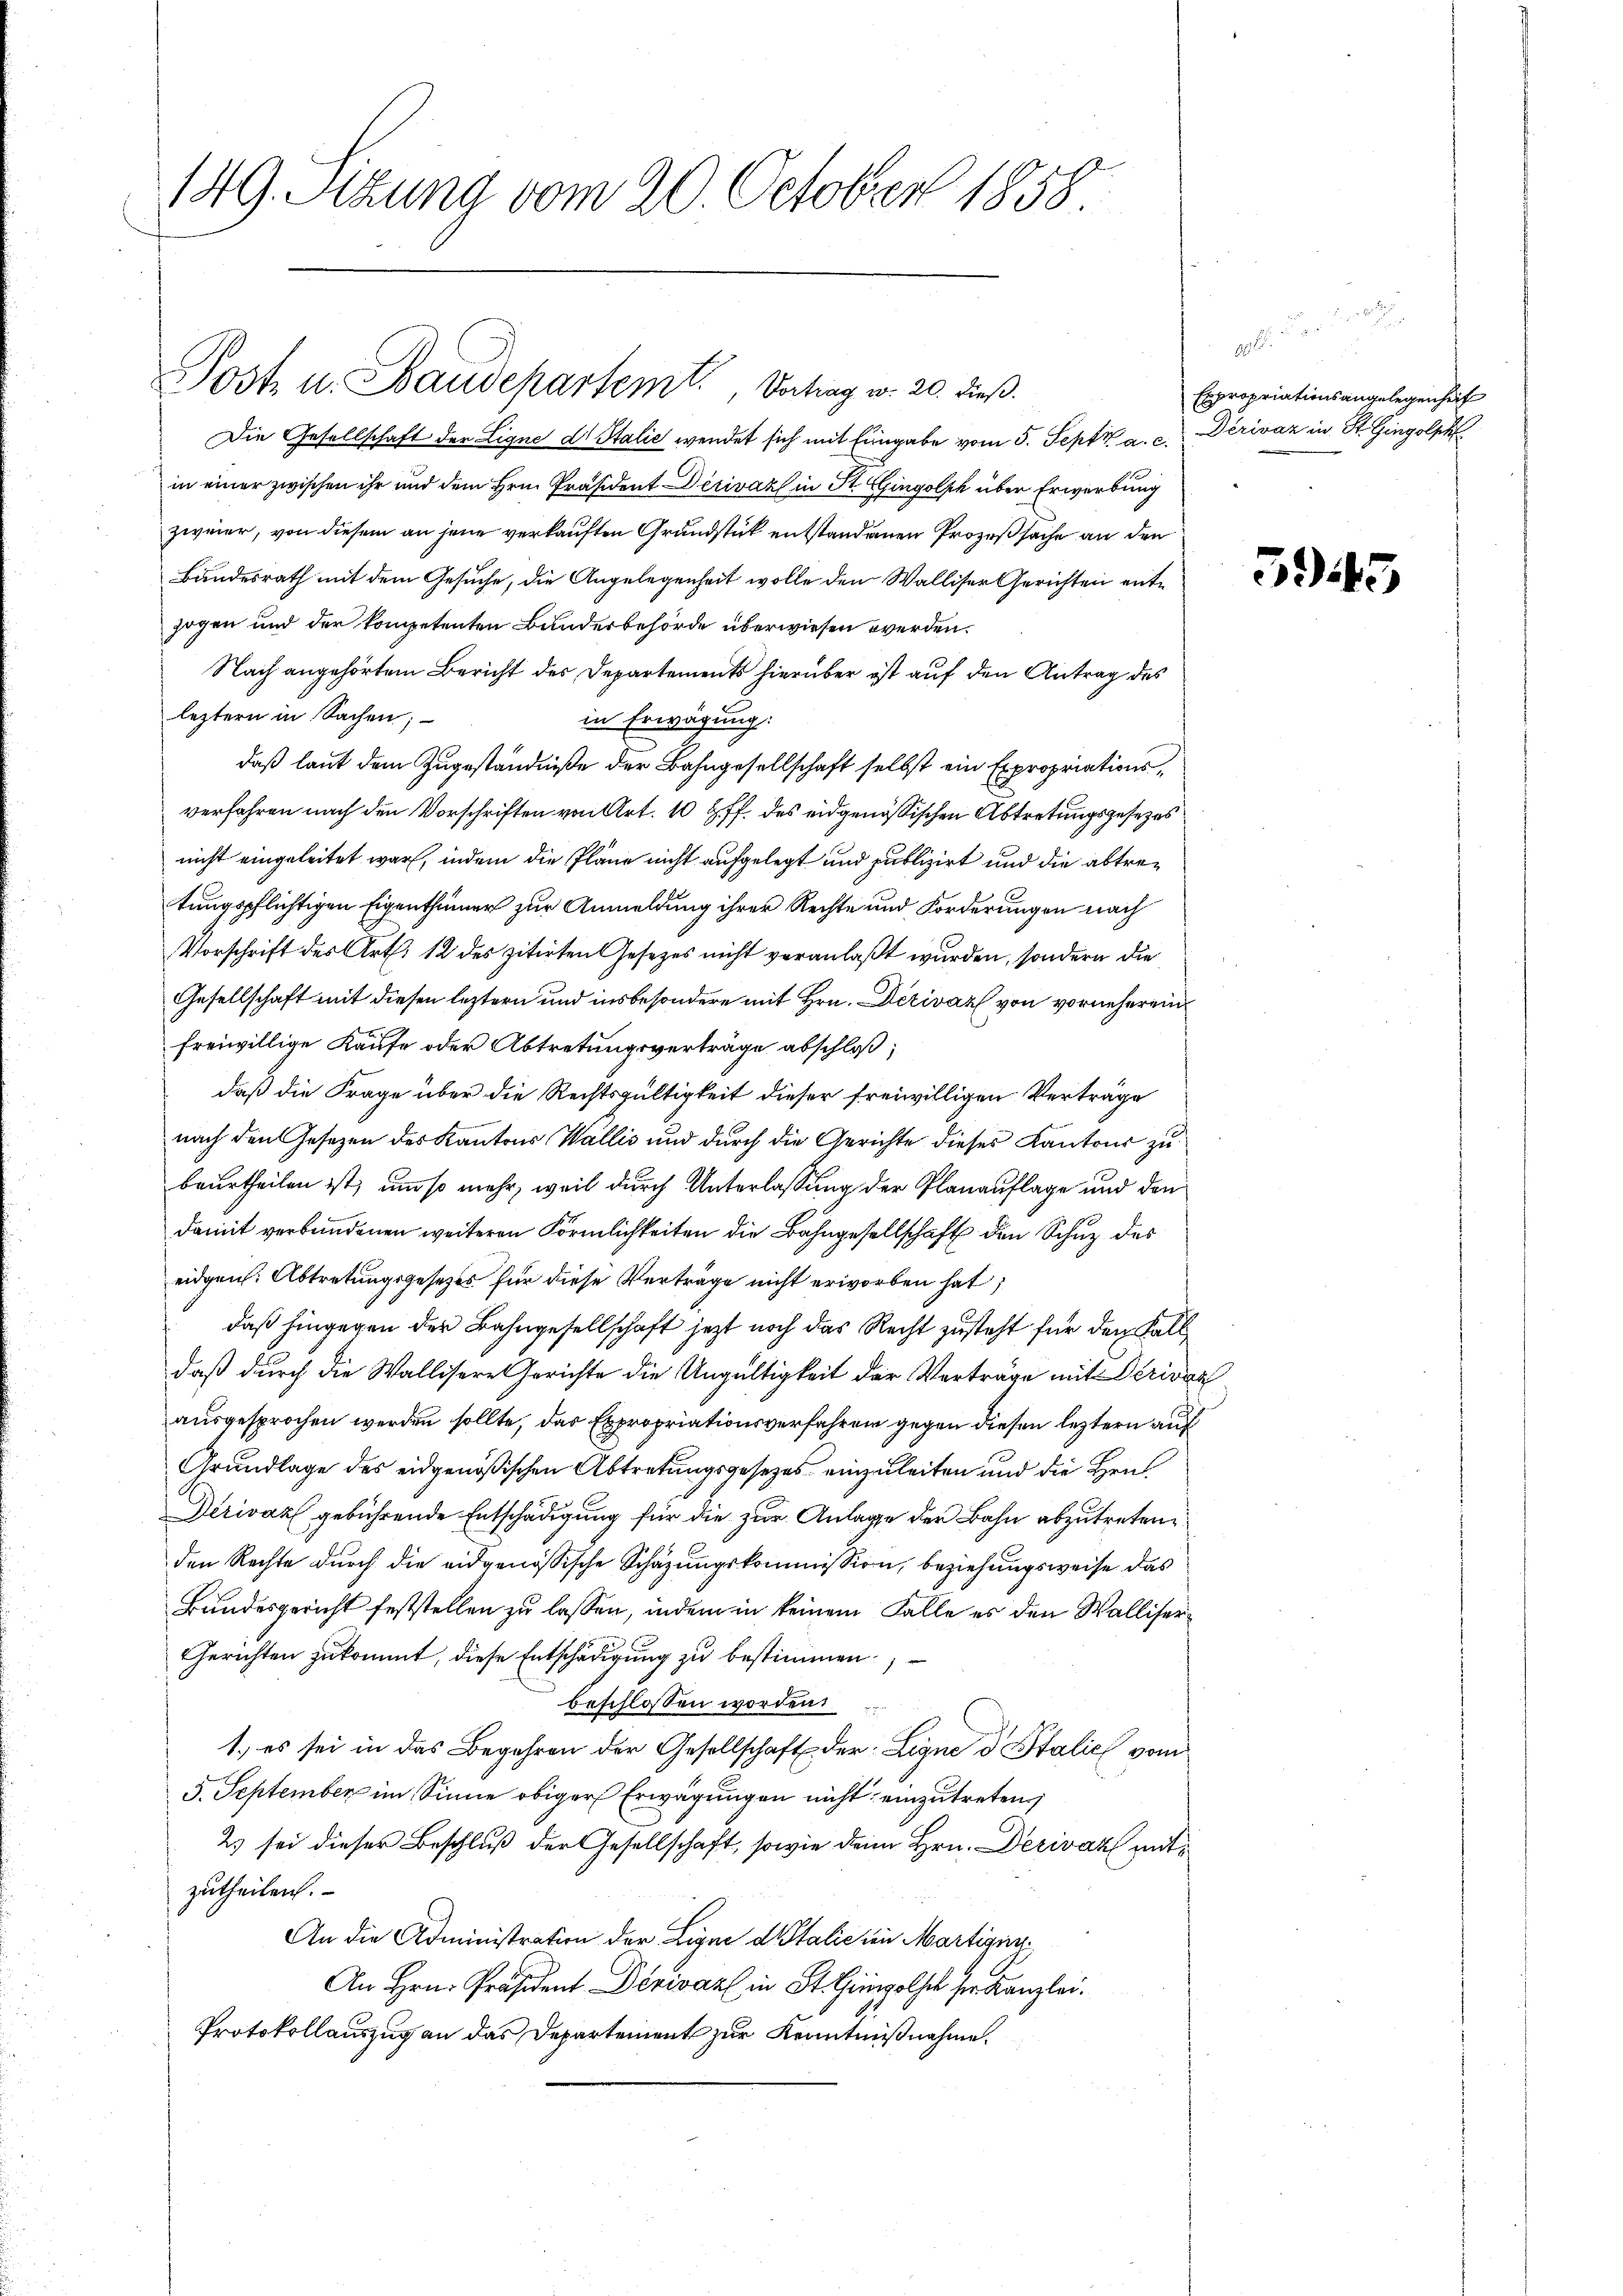
149. Stung vom 20. October 1858.

Post- u. Baudepartemt, Vortrag v. 20. dieß.

Die Gesellschaft der Ligne dr Italić wendet sich mit Eingabe vom 5. Sept. a. c. Dériváz in St. Gingolph
in einer zwischen ihr und dem Hrn. Präsident Dirivák in St. Gingolsch über Erwerbung
zweier, von diesem an jene verkauften Grundstück entstandenen Prozeßsache an den
Bundesrath mit dem Gesuche, die Angelegenheit wolle den Walliser Gerichten entzogen und der kompetenten Bunderbehörde überwiesen werden.
Nach angehörtem Bericht des Departements hierüber ist auf den Antrag des
leztern in Sachen;
in Erwägung:
daß laut dem Zugeständniße der Bahngesellschaft selbst ein Expropriationsverfahren nach den Vorschriften von Art. 10 ff. des eidgenössischen Abtretungsgesezes
nicht eingeleitet war, indem die Pläne nicht aufgelegt und publizirt und die abtretungspflichtigen Eigenthümer zur Anmeldung ihrer Rechte und Forderungen nach
Vorschrift des Art. 12 des zitirten Gesetzes nicht veranlaßt wurden, sondern die
Gesellschaft mit diesen leztern und insbesondere mit Hrn. Dezivaz von vorneherend
freiwillige Kaufe oder Abtretungsverträge abschloß;
daß die Frage über die Rechtsgültigkeit dieser freiwilligen Verträge
nach den Gesezen des Kantons Wallis und durch die Gerichte dieses Kantons zu
beurtheilen ist, um so mehr, weil durch Unterlassung der Planauflage und den
damit verbundenen weiteren Förmlichkeiten die Bahngesellschaft den Schuz des
eidgen. Abtretungsgesetzes für diese Verträge nicht erworben hat,
daß hingegen der Bahngesellschaft jetzt noch das Recht zusteht für den Falldaß durch die Wallisere Gerichte die Ungültigkeit der Verträge mit Peridaz
ausgesprochen werden sollte, das Expropriationsverfahren gegen diesen leztern auf
Grundlage des eidgenößischen Abtretungsgesetzes einzuleiten und die Heu¬
Derivar gebührende Entschädigung für die zur Anlage der Bahn abzutreten
den Rechte durch die eidgenössische Schazungskommission, beziehungsweise das
Bundesgericht feststellen zu lassen, indem in keinem Falle es den Walliser¬
Gerichten zukommt, diese Entschädigung zu bestimmen.
beschlossen worden.
1.) es sei in das Begehren der Gesellschaft der Ligne d. Stalich vom
5. September im Sinne obiger Erwägungen nicht einzutreten;
2) sei dieser Beschluß der Gesellschaft, sowie dein Hrn. Derivat mitzutheilen.
An die Administration der Ligne di talie in Martigun
An Hrn. Präsident Dérivar in St. Giol ser Kanzlei.
Protokollauszug an das Departement zur Kenntnißnahme.

.
Expropriationsangelegenheit

5945